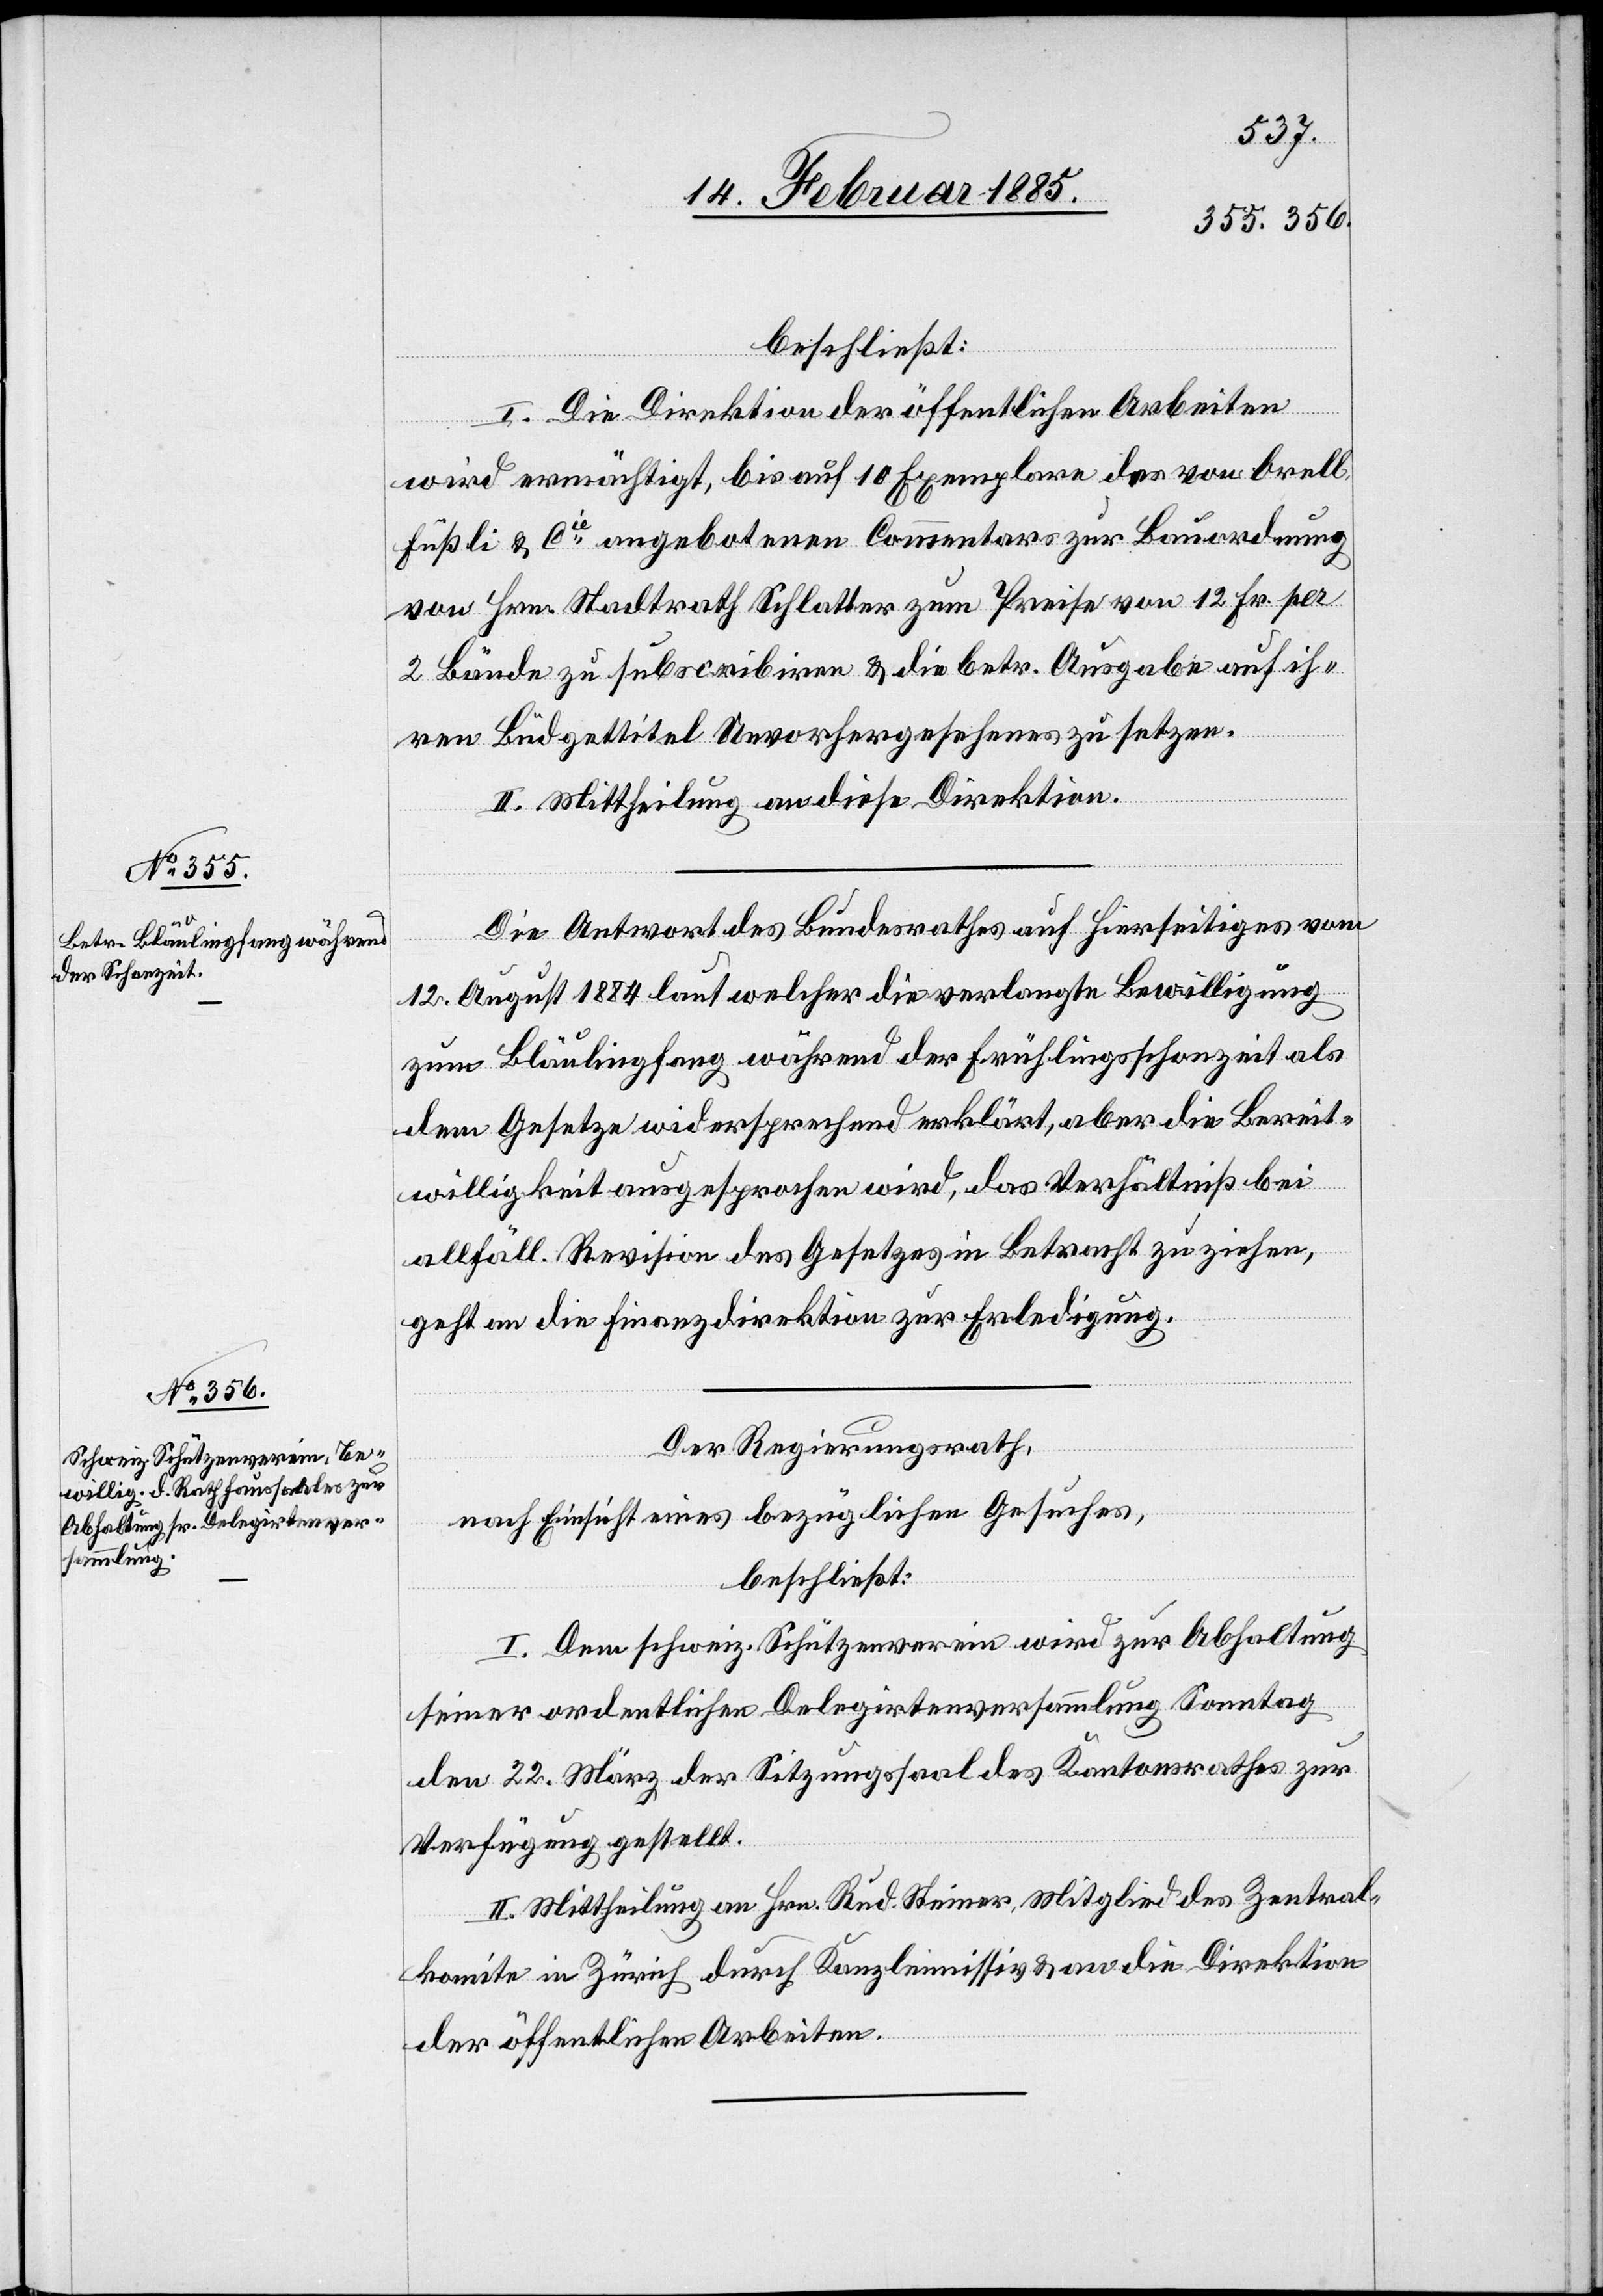
I. Die Direktion der öffentlichen Arbeiten
wird ermächtigt, bis auf 10 Exemplare des von Orell
Füßli & Cie angebotenen Commentars zur Bauordnung
von Hrn. Stadtrath Schlatter zum Preise von 12. Fr. per
2 Bände zu subscribiren & die betr. Ausgabe auf ih¬
rem Budgettitel Unvorhergesehenes zu setzen.
II. Mittheilung an diese Direktion.
Die Antwort des Bundesrathes auf hierseitiges vom
12. August 1884 laut welcher die verlangte Bewilligung
zum Bläulingfang während der Frühlingsschonzeit als
dem Gesetze widersprechend erklärt, aber die Bereit¬
willigkeit ausgesprochen wird, das Verhältniß bei
allfäll. Revision des Gesetzes in Betracht zu ziehen,
geht an die Finanzdirektion zur Erledigung.
Der Regierungsrath,
nach Einsicht eines bezüglichen Gesuches,
beschließt:
I. Dem schweiz. Schützenverein wird zur Abhaltung
seiner ordentlichen Delegirtenversammlung Sonntag
den 22. März der Sitzungssaal des Kantonsrathes zur
Verfügung gestellt.
II. Mittheilung an Hrn. Rud. Steiner, Mitglied des Zentral¬
komite in Zürich durch Kanzleimissiv & an die Direktion
der öffentlichen Arbeiten.